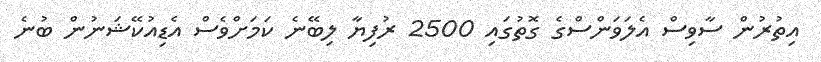
އިތުރުން ސާވިސް އެލަވަންސްގެ ގޮތުގައި 2500 ރުފިޔާ ލިބޭނެ ކަމަށްވެސް އެޑިއުކޭޝަނުން ބުނެ